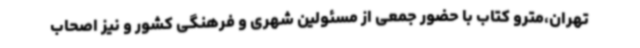
تهران،مترو کتاب با حضور جمعی از مسئولین شهری و فرهنگی کشور و نیز اصحاب